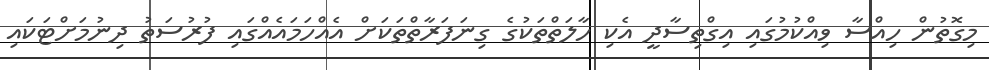
މިގޮތުން ހިއްސާ ވިއްކުމުގައި އިގްތިސާދީ އެކި ހާލަތްތަކުގެ ގިނަފަރާތްތަކަށް އެއްހަމައެއްގައި ފުރުސަތު ދިނުމަށްޓަކައި